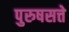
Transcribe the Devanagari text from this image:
पुरुषसत्ते